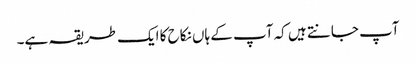
آپ جانتے ہیں کہ آپ کے ہاں نکاح کا ایک طریقہ ہے۔